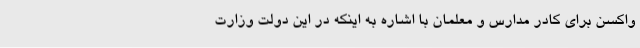
واکسن برای کادر مدارس و معلمان با اشاره به اینکه در این دولت وزارت